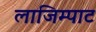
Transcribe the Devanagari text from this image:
लाजिम्पाट